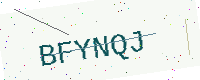
Text: BFYNQJ